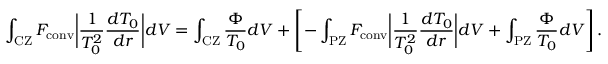
\int _ { \mathrm { C Z } } F _ { \mathrm { c o n v } } \bigg | \frac { 1 } { T _ { 0 } ^ { 2 } } \frac { d T _ { 0 } } { d r } \bigg | d V = \int _ { \mathrm { C Z } } \frac { \Phi } { T _ { 0 } } d V + \left[ - \int _ { \mathrm { P Z } } F _ { \mathrm { c o n v } } \bigg | \frac { 1 } { T _ { 0 } ^ { 2 } } \frac { d T _ { 0 } } { d r } \bigg | d V + \int _ { \mathrm { P Z } } \frac { \Phi } { T _ { 0 } } d V \right] .